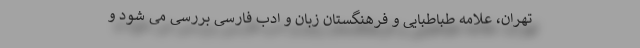
تهران، علامه طباطبایی و فرهنگستان زبان و ادب فارسی بررسی می شود و